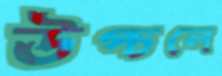
উপ্‌চলে